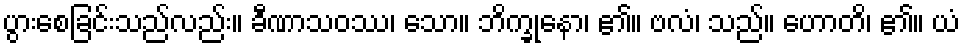
ပွားစေခြင်းသည်လည်း။ ခီဏာသဝဿ၊ သော။ ဘိက္ခုနော၊ ၏။ ဗလံ၊ သည်။ ဟောတိ၊ ၏။ ယံ